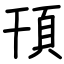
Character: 頇